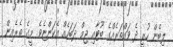
ލިބެން ހުރީ ދެ ވައްތަރެއްގެ ބޫޓާއި ޖިމް ދަބަހެއް އެކަންޏެވެ. މީގެ ތެރެއިން